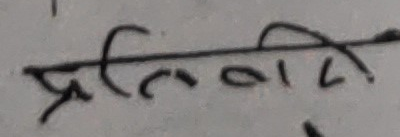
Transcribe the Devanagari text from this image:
प्रतिवादी